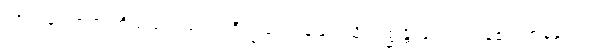
အာသဝေါတရားတို့သည်လည်း။ ပရိက္ခယံ၊ ကုန်ခြင်းသို့။ ဂစ္ဆန္တိ၊ ရောက်ကုန်၏။ အနနုပ္ပတ္တံ၊